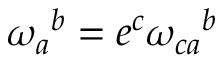
\omega _ { a } { } ^ { b } = e ^ { c } \omega _ { c a } { } ^ { b }